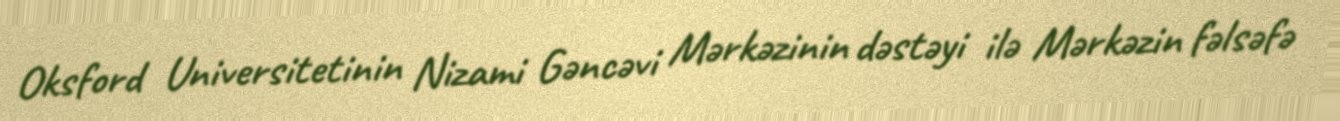
Oksford Universitetinin Nizami Gəncəvi Mərkəzinin dəstəyi ilə Mərkəzin fəlsəfə